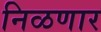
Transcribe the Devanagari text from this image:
निळणार